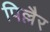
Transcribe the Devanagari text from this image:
पिल्लैर